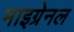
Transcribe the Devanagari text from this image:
माइग्रेनल